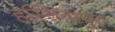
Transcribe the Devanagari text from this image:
हस्तिनापुर।